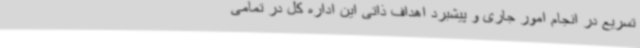
تسریع در انجام امور جاری و پیشبرد اهداف ذاتی این اداره کل در تمامی